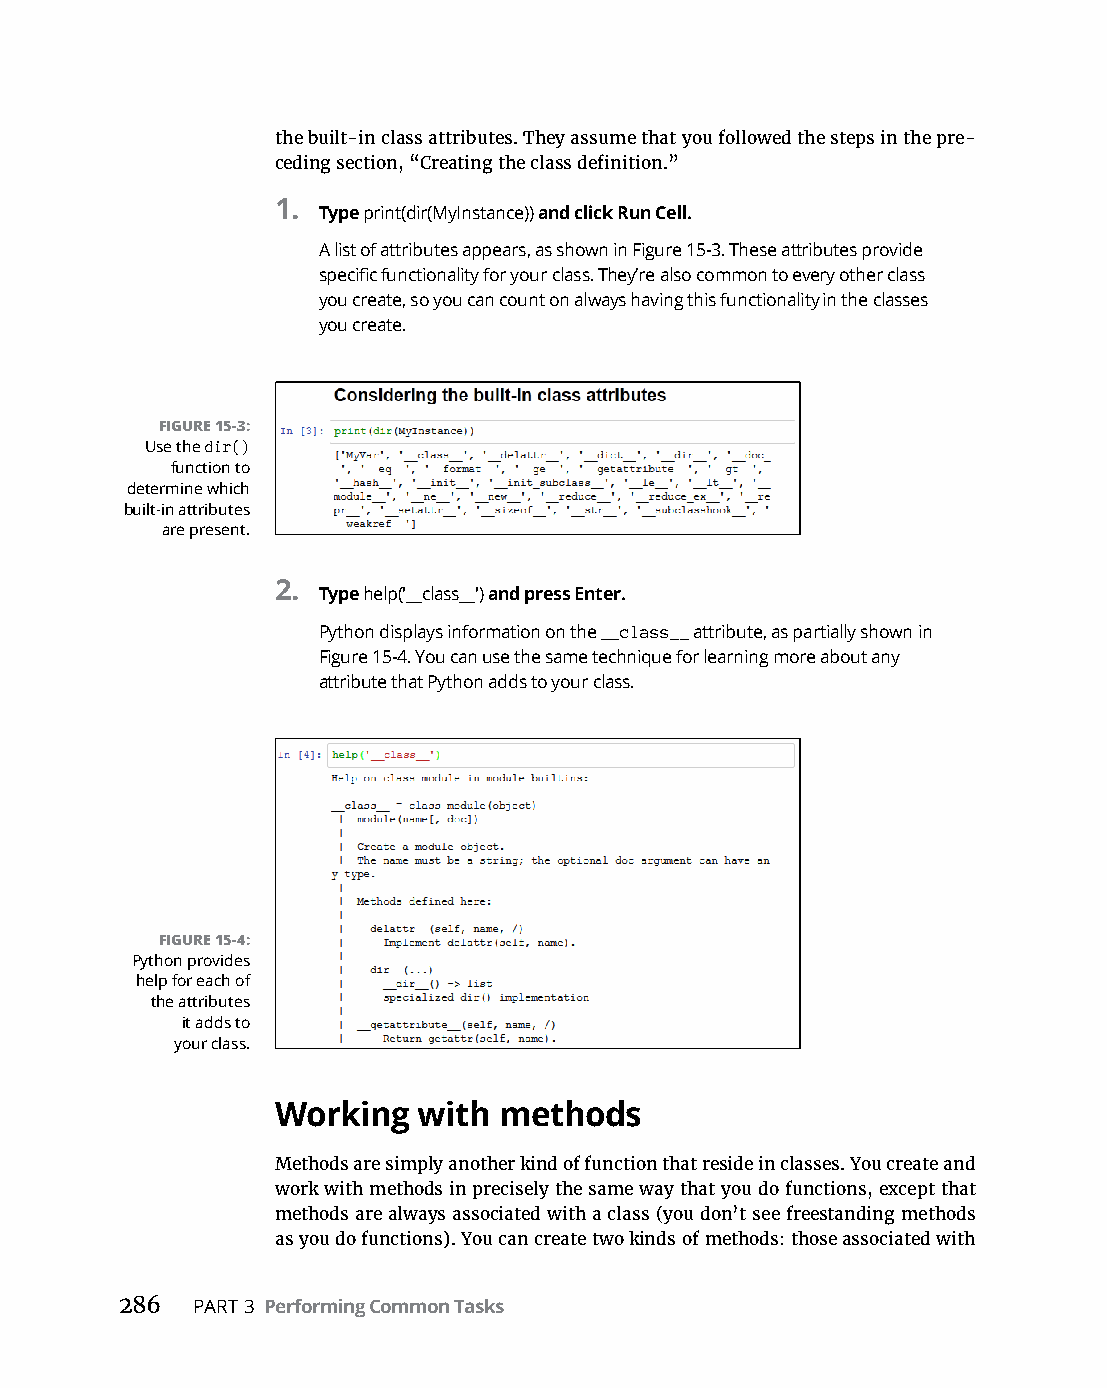
the built-in class attributes. They assume that you followed the steps in the pre-
 ceding section, “Creating the class definition.”
 1.
 Type print(dir(MyInstance)) and click Run Cell.
 A list of attributes appears, as shown in Figure 15-3. These attributes provide
 specific functionality for your class. They’re also common to every other class
 you create, so you can count on always having this functionality in the classes
 you create.
 FIGURE 15-3:
 Use the dir()
 function to
 determine which
 built-in attributes
 are present.
 2.
 Type help(′__class__′) and press Enter.
 Python displays information on the __class__ attribute, as partially shown in
 Figure 15-4. You can use the same technique for learning more about any
 attribute that Python adds to your class.
 FIGURE 15-4:
 Python provides
 help for each of
 the attributes
 it adds to
 your class.
 Working   with methods
 Methods are simply another kind of function that reside in classes. You create and
 work with methods in precisely the same way that you do functions, except that
 methods are always associated with a class (you don’t see freestanding methods
 as you do functions). You can create two kinds of methods: those associated with
 286  PART 3 Performing Common Tasks